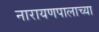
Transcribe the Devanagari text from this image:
नारायणपालाच्या